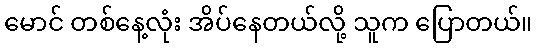
မောင် တစ်နေ့လုံး အိပ်နေတယ်လို့ သူက ပြောတယ်။